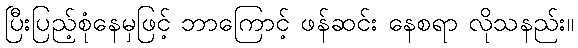
ပြီးပြည့်စုံနေမှဖြင့် ဘာကြောင့် ဖန်ဆင်း နေစရာ လိုသနည်း။